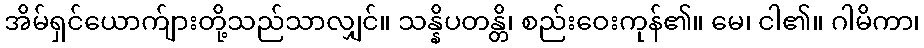
အိမ်ရှင်ယောက်ျားတို့သည်သာလျှင်။ သန္နိပတန္တိ၊ စည်းဝေးကုန်၏။ မေ၊ ငါ၏။ ဂါမိကာ၊